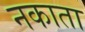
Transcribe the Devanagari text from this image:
नकाता